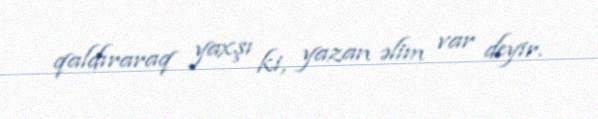
qaldıraraq yaxşı ki, yazan əlim var deyir.